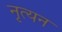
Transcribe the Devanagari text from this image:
नृत्यन